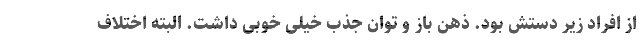
از افراد زیر دستش بود. ذهن باز و توان جذب خیلی خوبی داشت. البته اختلاف